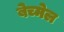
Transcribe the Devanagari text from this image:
बेच्मेल